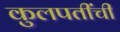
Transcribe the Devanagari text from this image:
कुलपतींची